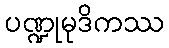
ပဏ္ဍုမုဒိကဿ